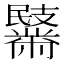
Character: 𪓏